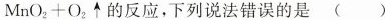
MnO_{2}+O_{2}\uparrow 的反应，下列说法错误的是（）